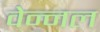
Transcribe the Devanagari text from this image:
वेन्नल